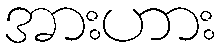
အားဟား